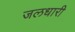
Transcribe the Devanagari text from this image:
जलधारी